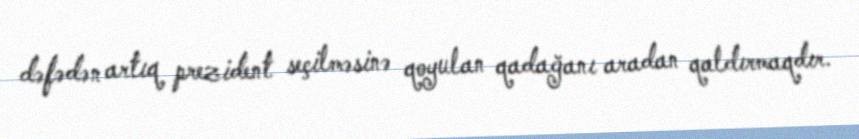
dəfədən artıq prezident seçilməsinə qoyulan qadağanı aradan qaldırmaqdır.